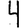
Digit: 4